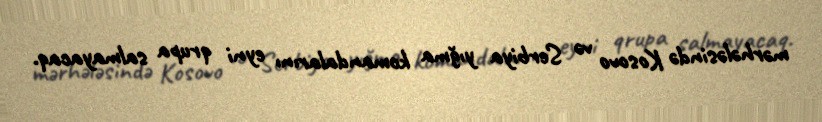
mərhələsində Kosovo və Serbiya yığma komandalarını eyni qrupa salmayacaq.